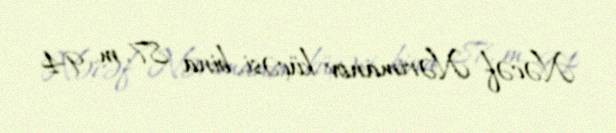
Nəcəf Nərimanov küçəsi, bina 87, m. 94